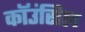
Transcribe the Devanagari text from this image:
कॉउंसिल